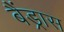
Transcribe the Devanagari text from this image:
बैंड्रास